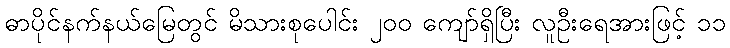
ဓာပိုင်နက်နယ်မြေတွင် မိသားစုပေါင်း ၂၀၀ ကျော်ရှိပြီး လူဦးရေအားဖြင့် ၁၁